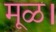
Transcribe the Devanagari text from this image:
मूळ।